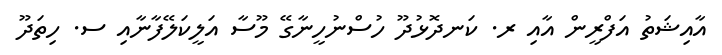
އާއިޝަތު އަފްރީން އާއި ރ. ކަނދޮޅުދޫ ހުސްނުހީނާގޭ މޫސާ އަލީކަލޭފާނާއި ސ. ހިތަދޫ